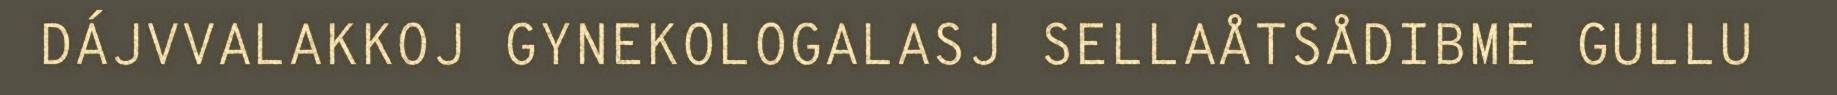
DÁJVVALAKKOJ GYNEKOLOGALASJ SELLAÅTSÅDIBME GULLU